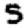
Digit: 5